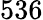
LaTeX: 536